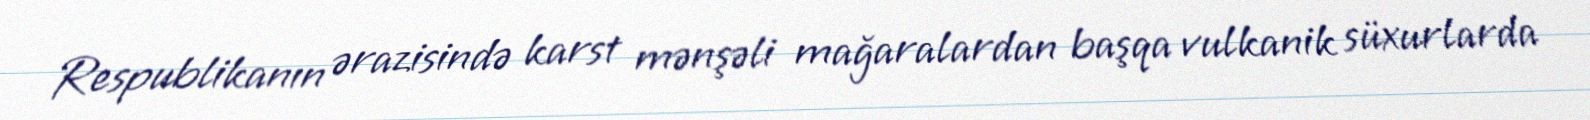
Respublikanın ərazisində karst mənşəli mağaralardan başqa vulkanik süxurlarda